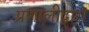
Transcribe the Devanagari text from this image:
प्रणालीद्वारा